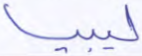
ليبيا